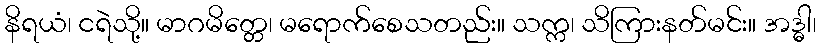
နိရယံ၊ ငရဲသို့။ မာဂမိတ္တေ၊ မရောက်စေသတည်း။ သက္က၊ သိကြားနတ်မင်း။ အဒ္ဓါ၊